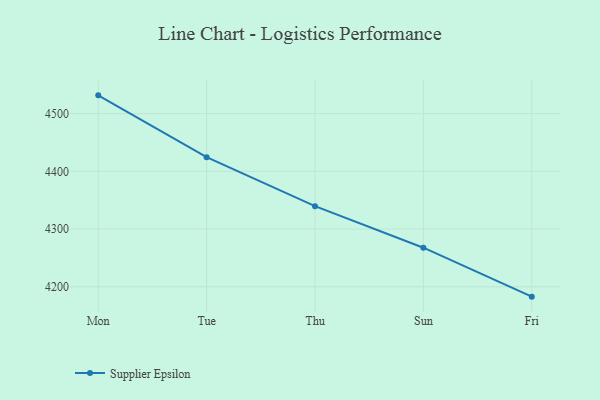
{"axis": {"x": "Day", "y": "Tickets Resolved"}, "legend": ["Supplier Epsilon"], "data": [{"x": "Mon", "y": 4531.6, "type": "Supplier Epsilon"}, {"x": "Tue", "y": 4424.5, "type": "Supplier Epsilon"}, {"x": "Thu", "y": 4339.7, "type": "Supplier Epsilon"}, {"x": "Sun", "y": 4267.7, "type": "Supplier Epsilon"}, {"x": "Fri", "y": 4182.9, "type": "Supplier Epsilon"}]}